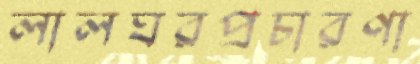
লালঘরপ্রচারণা